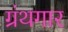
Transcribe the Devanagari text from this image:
ग्रंथगार